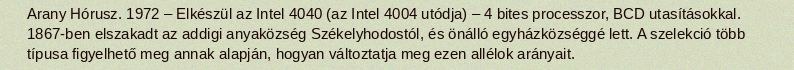
Arany Hórusz. 1972 – Elkészül az Intel 4040 (az Intel 4004 utódja) – 4 bites processzor, BCD utasításokkal. 1867-ben elszakadt az addigi anyaközség Székelyhodostól, és önálló egyházközséggé lett. A szelekció több típusa figyelhető meg annak alapján, hogyan változtatja meg ezen allélok arányait.